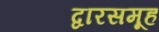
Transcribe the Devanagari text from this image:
द्वारसमूह